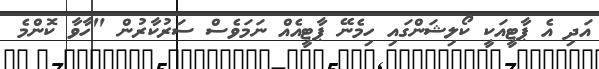
އަދި އެ ޕާޓީއަކީ ކޯލިޝަންގައި ހިމެނޭ ޕާޓީއެއް ނަމަވެސް ސަރުކާރުން "ހާވާ ކޮންމެ